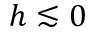
h \lesssim 0